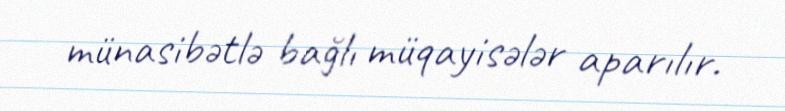
münasibətlə bağlı müqayisələr aparılır.